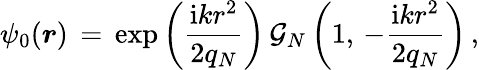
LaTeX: \begin{array}{l}{\displaystyle\psi_{0}(\boldsymbol{r})\, =\, \exp\left(\frac{\mathrm{i}kr^{2}}{2q_{N}}\right)\, \mathcal{G}_{N}\left(1,\, -\frac{\mathrm{i}kr^{2}}{2q_{N}}\right)\, ,}\end{array}